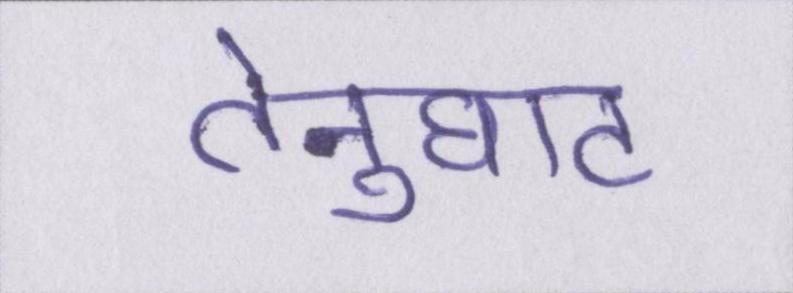
तेनुघाट